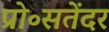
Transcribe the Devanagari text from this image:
प्रो॰सतेंदर